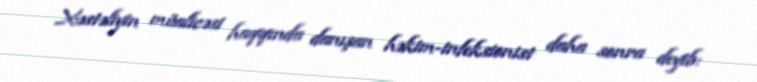
Xəstəliyin müalicəsi haqqında danışan həkim-infeksionist daha sonra deyib: